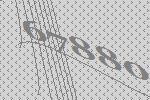
67880